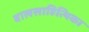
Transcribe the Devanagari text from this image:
बालसाहित्यिका